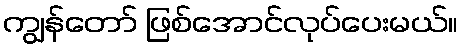
ကျွန်တော် ဖြစ်အောင်လုပ်ပေးမယ်။